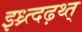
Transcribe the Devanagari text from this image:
झ्ध्र्त्दढ़थ्त्